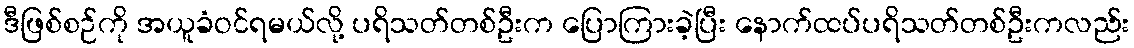
ဒီဖြစ်စဉ်ကို အယူခံဝင်ရမယ်လို့ ပရိသတ်တစ်ဦးက ပြောကြားခဲ့ပြီး နောက်ထပ်ပရိသတ်တစ်ဦးကလည်း